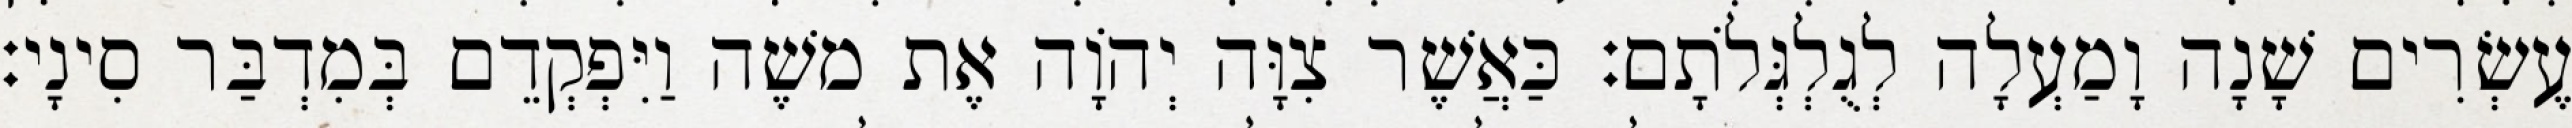
עֶשְׂרִים שָׁנָה וָמַעְלָה לְגֻלְגְּלֹתָם׃ כַּאֲשֶׁר צִוָּה יְהוָֹה אֶת משֶׁה וַיִּפְקְדֵם בְּמִדְבַּר סִינָי׃